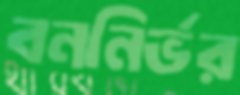
বননির্ভর